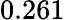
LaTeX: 0.261